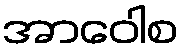
အာဝေါစ